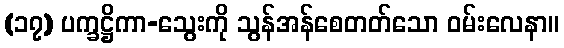
(၁၇) ပက္ခဋ္ဌိကာ-သွေးကို သွန်အန်စေတတ်သော ဝမ်းလေနာ။